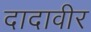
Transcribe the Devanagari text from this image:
दादावीर